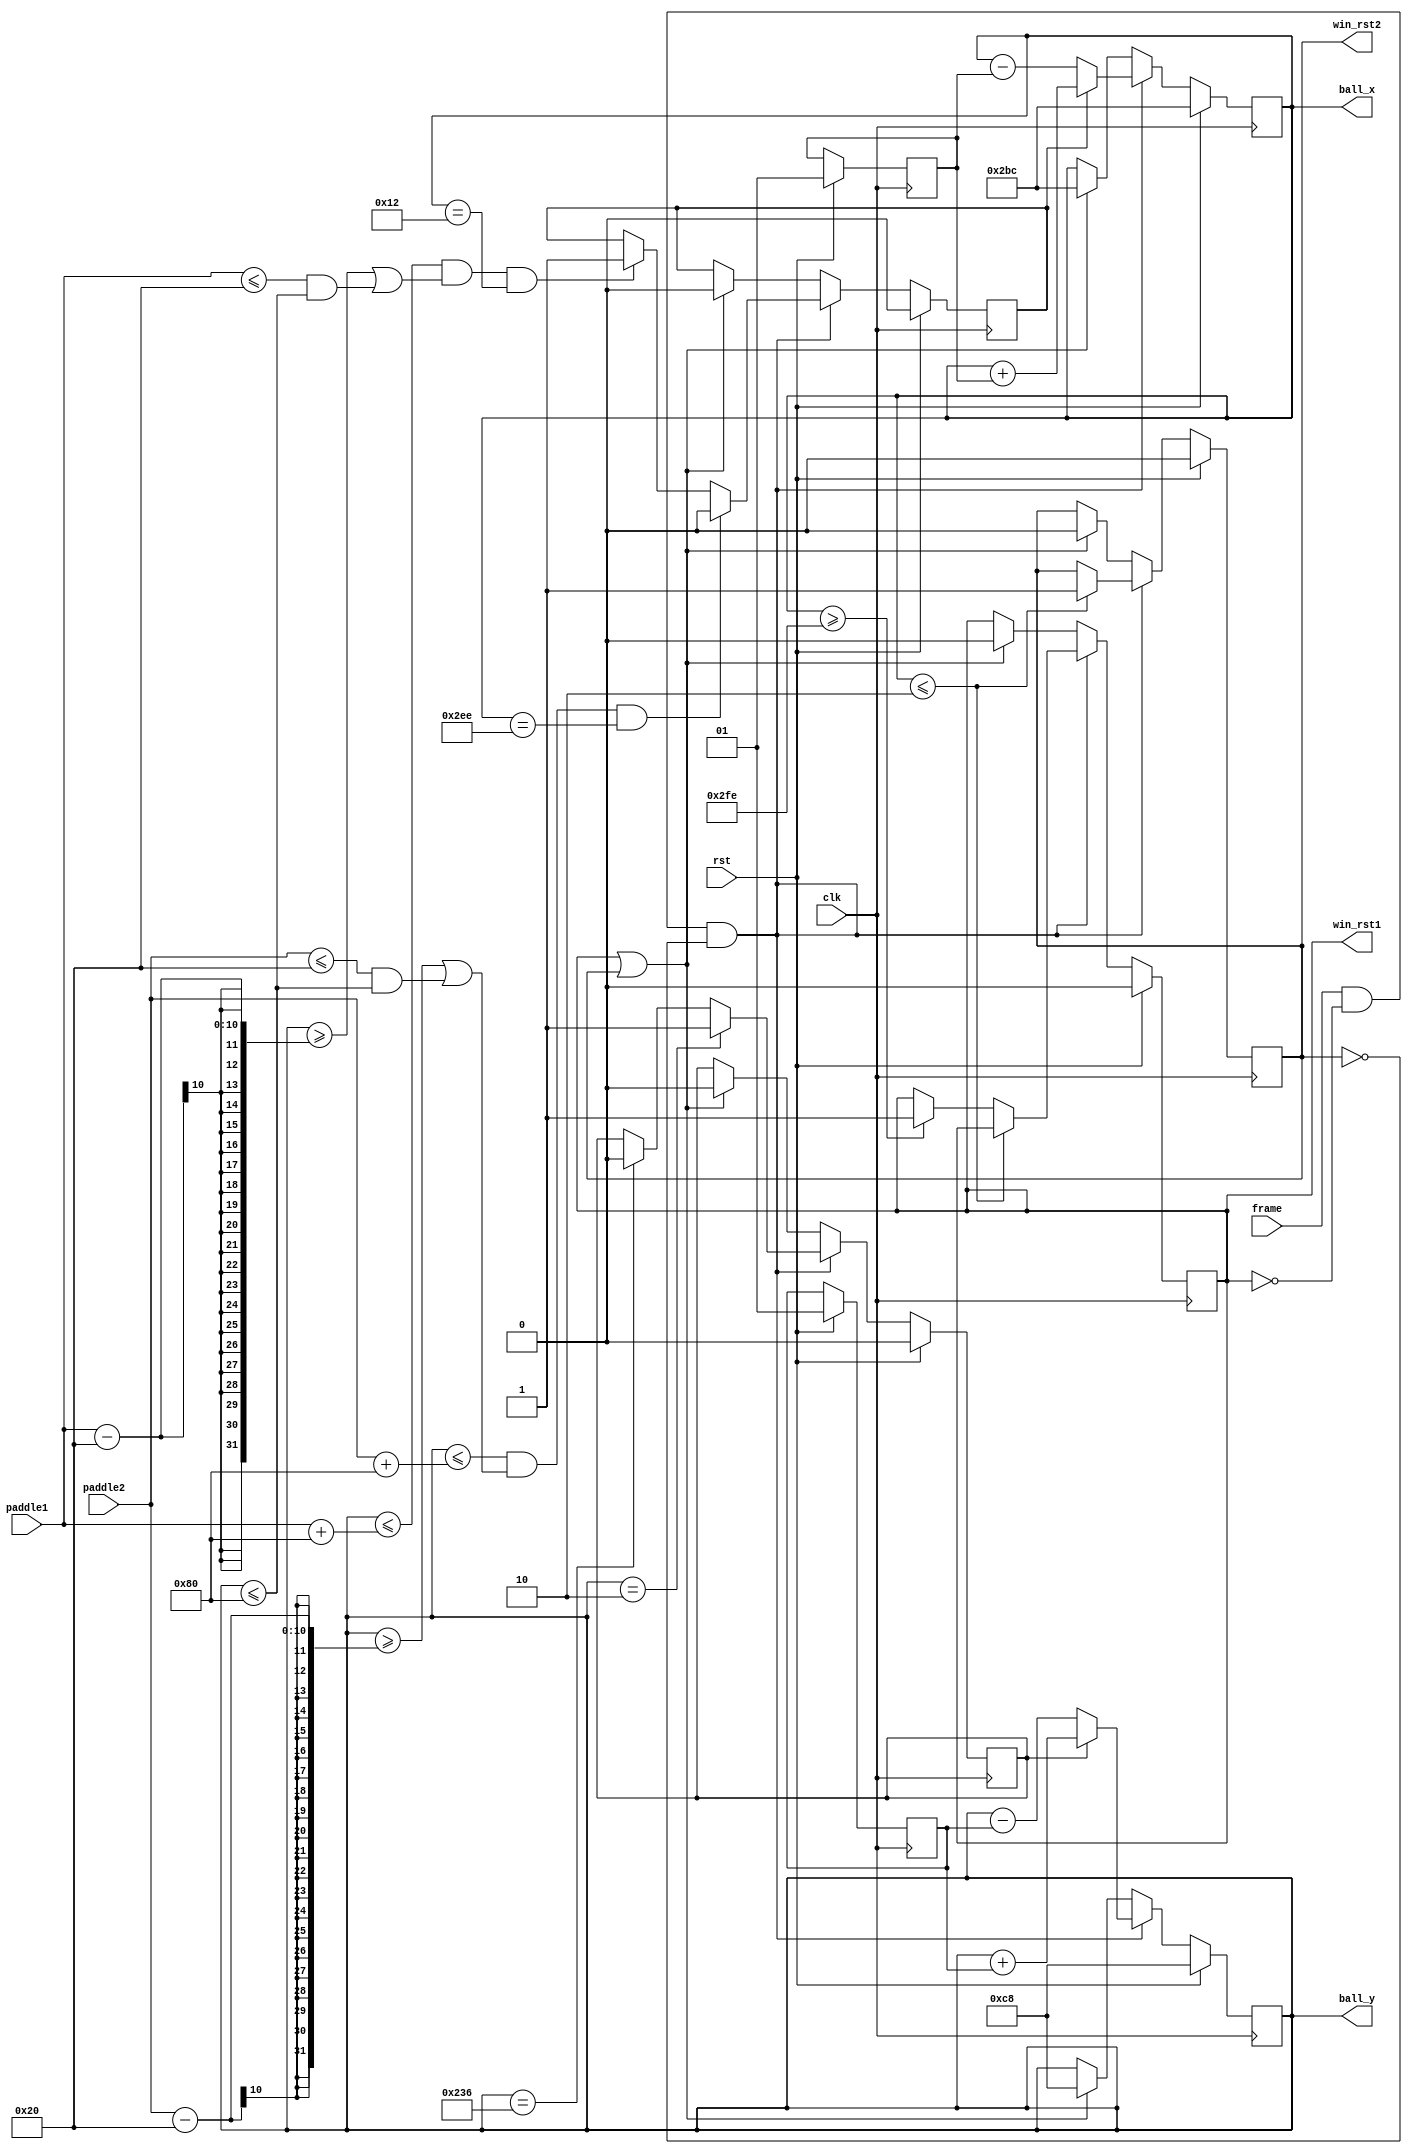
//  ===================================================================================
//  								  Define Module, Inputs and Outputs
//											* Calculate ball movement *
//  ===================================================================================
module ball_movement #(parameter X = 700,  // default X & Y
											Y = 200 )(
		frame, 
		clk,
		rst,
		paddle1,
		paddle2,
		ball_x,
		ball_y,
		win_rst1,
		win_rst2
);

// ====================================================================================
// 										Port Declarations
// ====================================================================================
	input 		  frame;
	input 		  clk;
	input 		  rst;
	input [9:0]   paddle1;
	input [9:0]   paddle2;
	output [10:0] ball_x;
	output [9:0]  ball_y;
	output 		  win_rst1;
	output 		  win_rst2;

// ====================================================================================
// 								Parameters, Register, and Wires
// ====================================================================================
	reg [10:0] 	  ball_x;
	reg [9:0] 	  ball_y;
	reg [1:0] 	  v_x;
	reg [1:0] 	  v_y;
	reg 			  sw_y;
	reg 			  sw_x;
	reg 			  win_rst1;
	reg 			  win_rst2;

//  ===================================================================================
// 							  				Implementation
//  ===================================================================================	
	
		always @  ( posedge clk) 
		begin
			if ( rst == 1 ) 
			begin
				ball_y <= Y;
				ball_x <= X;
				v_x <= 1; // initial velocity on x axis
				v_y <= 1; // initial velocity on y axis
				sw_y <= 0;
				sw_x <= 0;
				win_rst1 <= 0;
				win_rst2 <= 0;
			end
			else 
			begin
				if ( frame == 1 && win_rst1 == 0 && win_rst2 == 0) 
				begin 
		  
					if ( ball_y == 2 )
						sw_y <= 1;
					else if ( ball_y == 566 )
						sw_y <= 0;
					else
						sw_y <= sw_y;
				
					/* If you touch the borders reset game*/
					if ( ball_x <= 2 )
						win_rst2 <= 1;
					else if ( ball_x >= 766 )
						win_rst1 <= 1;
					else 
						sw_x <= sw_x;

					/* If the ball hits the walls or the paddles change the trajectory */
					if ( sw_x == 1 )
						ball_x <= ball_x + v_x;
					else 
						ball_x <= ball_x - v_x;
							
					if ( sw_y == 1 )
						ball_y <= ball_y + v_y;
					else 
						ball_y <= ball_y - v_y;
							  
					// Find collision between ball and the paddles
					if ( ((ball_y <= paddle1 + 128) && ( (ball_y >= paddle1 - 32) || ( paddle1 <= 32 && ball_y <= 128 ) )) && ball_x == 18 )
						sw_x <= 1;
								 
					if ( ((ball_y <= paddle2 + 128) && ((ball_y >= paddle2 - 32) || ( paddle2 <= 32 && ball_y <= 128 ) )) && ball_x == 750 )
						sw_x <= 0;
				end 
				else if ( win_rst1 == 1 || win_rst2 == 1 ) 
				begin
					/* Reset ball */
					ball_y <= Y;
					ball_x <= X;
				   sw_y <= 0;
				   sw_x <= 0;
					win_rst1 <= 0;
					win_rst2 <= 0;
				end
			end
		end

endmodule